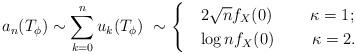
LaTeX: \begin{align*}a_n(T_\phi)\sim\sum_{k=0}^nu_k(T_\phi)\ \sim \begin{cases} &2\sqrt nf_X(0)\ \ \ \ \ \ \ \kappa=1;\\ &\log nf_X(0)\ \ \ \ \ \ \ \kappa=2.\end{cases}\end{align*}